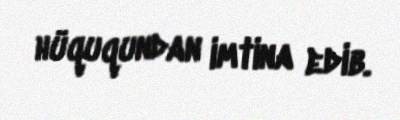
hüququndan imtina edib.